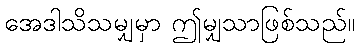
အေဒါသိသမျှမှာ ဤမျှသာဖြစ်သည်။